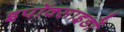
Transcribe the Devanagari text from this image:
इपॉक्साइडों